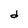
Character: d